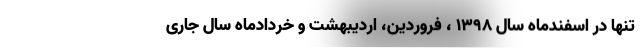
تنها در اسفندماه سال ۱۳۹۸ ، فروردین، اردیبهشت و خردادماه سال جاری